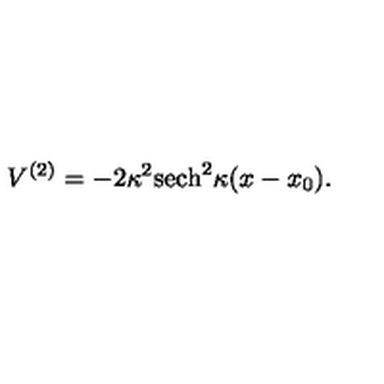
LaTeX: V ^ { ( 2 ) } = - 2 \kappa ^ { 2 } \mathrm { s e c h } ^ { 2 } \kappa ( x - x _ { 0 } ) .